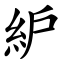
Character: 䋆